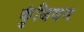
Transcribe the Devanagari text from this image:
कुंजियन